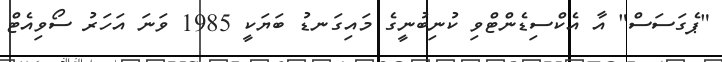
"ޕެގަސަސް" އާ އެކްސިޑެންޓްވި ކުނިބުނީގެ މައިގަނޑު ބަޔަކީ 1985 ވަނަ އަހަރު ސޯވިއެޓް